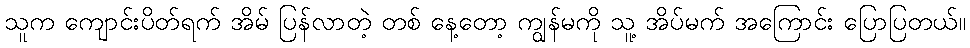
သူက ကျောင်းပိတ်ရက် အိမ် ပြန်လာတဲ့ တစ် နေ့တော့ ကျွန်မကို သူ့ အိပ်မက် အကြောင်း ပြောပြတယ်။